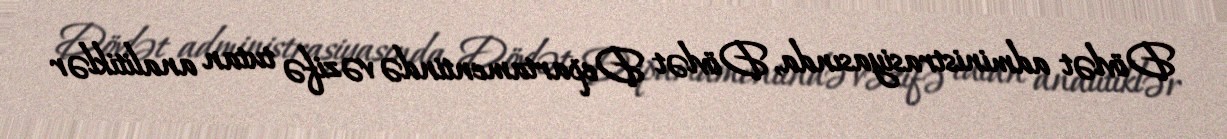
Dövlət administrasiyasında, Dövlət Departamentində vəzifə tutan analitiklər